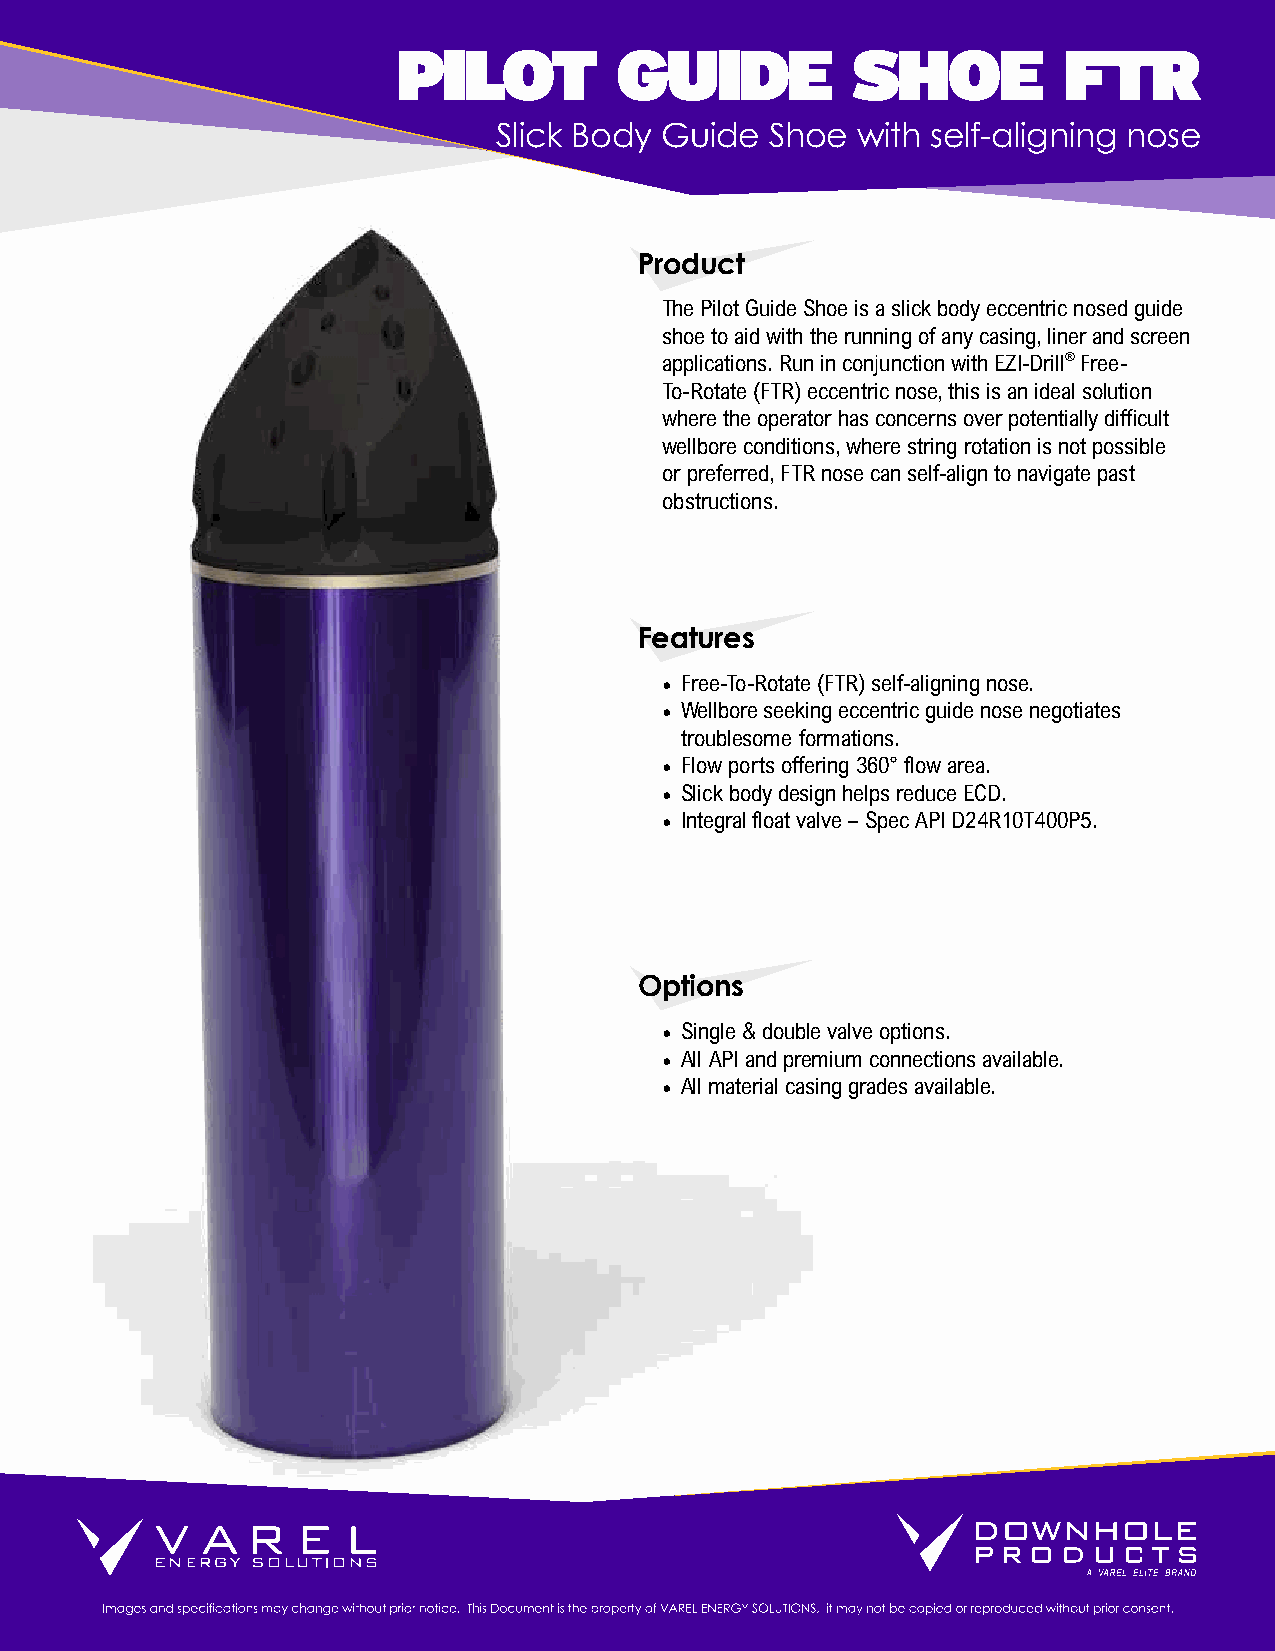
PILOT          GUIDE          SHOE          FTR
 Slick Body Guide  Shoe  with self-aligning nose
 Product
 The Pilot Guide Shoe is a slick body eccentric nosed guide
 shoe to aid with the running of any casing, liner and screen
 applications. Run in conjunction with EZI-Drill® Free-
 To-Rotate (FTR) eccentric nose, this is an ideal solution
 where the operator has concerns over potentially difficult
 wellbore conditions, where string rotation is not possible
 or preferred, FTR nose can self-align to navigate past
 obstructions.
 Features
 • Free-To-Rotate (FTR) self-aligning nose.
 • Wellbore seeking eccentric guide nose negotiates
 troublesome formations.
 • Flow ports offering 360° flow area.
 • Slick body design helps reduce ECD.
 • Integral float valve – Spec API D24R10T400P5.
 Options
 • Single & double valve options.
 • All API and premium connections available.
 • All material casing grades available.